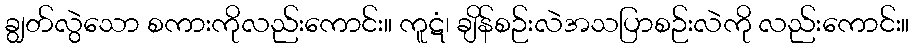
ချွတ်လွဲသော စကားကိုလည်းကောင်း။ ကူဋံ၊ ချိန်စဉ်းလဲအသပြာစဉ်းလဲကို လည်းကောင်း။